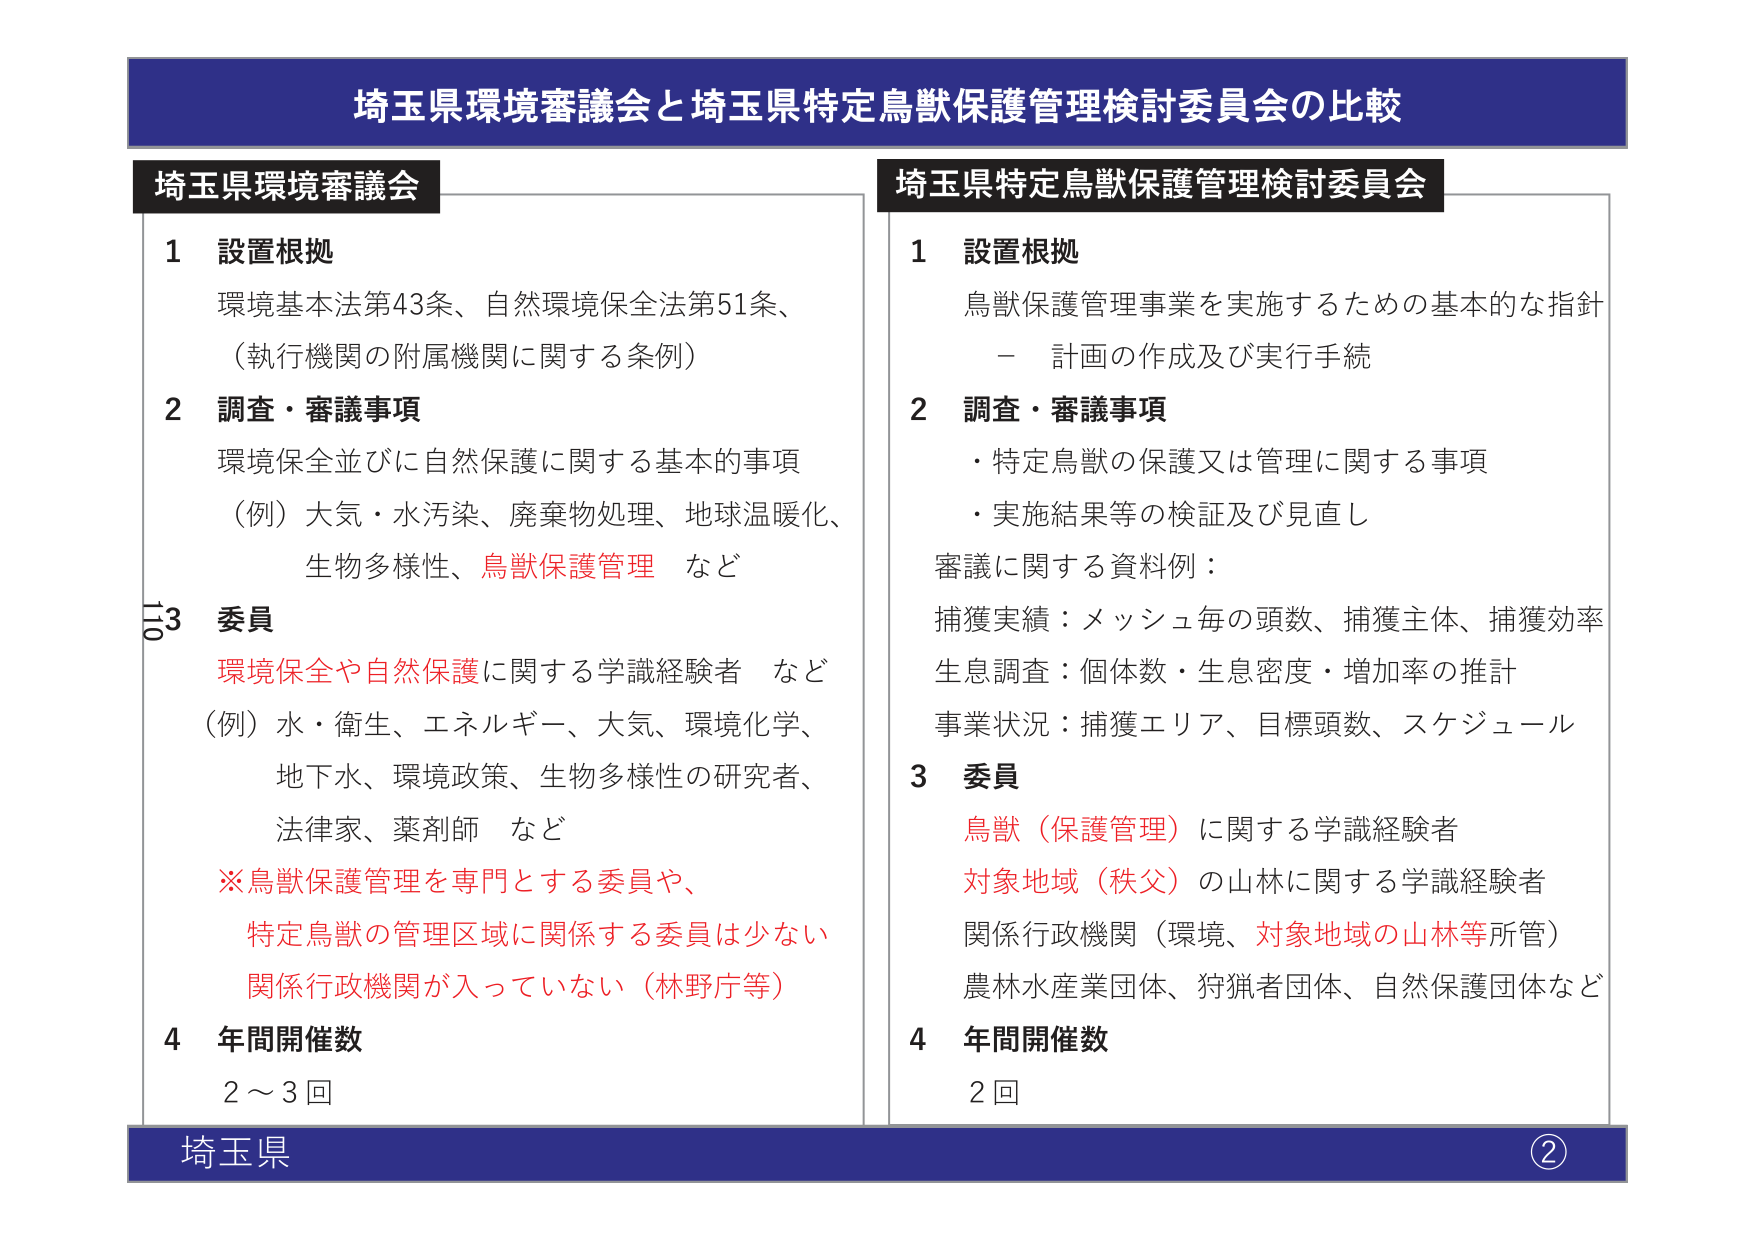
埼玉県環境審議会と埼玉県特定鳥獣保護管理検討委員会の比較

埼玉県環境審議会
1 設置根拠
環境基本法第43条、自然環境保全法第51条、
（執行機関の附属機関に関する条例）
2 調査・審議事項
環境保全並びに自然保護に関する基本的事項
（例）大気・水汚染、廃棄物処理、地球温暖化、
生物多様性、鳥獣保護管理 など
3 委員
環境保全や自然保護に関する学識経験者 など
（例）水・衛生、エネルギー、大気、環境化学、
地下水、環境政策、生物多様性の研究者、
法律家、薬剤師 など
※鳥獣保護管理を専門とする委員や、
特定鳥獣の管理区域に関係する委員は少ない
関係行政機関が入っていない（林野庁等）
4 年間開催数
2～3回

埼玉県特定鳥獣保護管理検討委員会
1 設置根拠
鳥獣保護管理事業を実施するための基本的な指針
－ 計画の作成及び実行手続
2 調査・審議事項
・特定鳥獣の保護又は管理に関する事項
・実施結果等の検証及び見直し
審議に関する資料例：
捕獲実績：メッシュ毎の頭数、捕獲主体、捕獲効率
生息調査：個体数・生息密度・増加率の推計
事業状況：捕獲エリア、目標頭数、スケジュール
3 委員
鳥獣（保護管理）に関する学識経験者
対象地域（秩父）の山林に関する学識経験者
関係行政機関（環境、対象地域の山林等所管）
農林水産業団体、狩猟者団体、自然保護団体など
4 年間開催数
2回

埼玉県
②